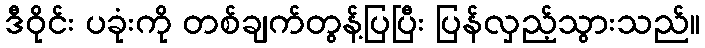
ဒီဝိုင်း ပခုံးကို တစ်ချက်တွန့်ပြပြီး ပြန်လှည့်သွားသည်။